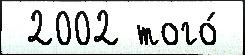
 2002 того́